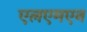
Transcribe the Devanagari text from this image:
एलएमएन